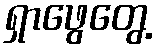
ရှာဖွေတွေ့